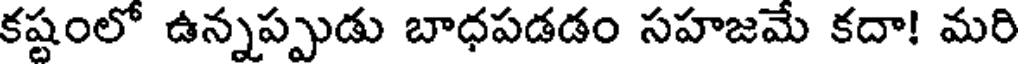
కష్టంలో ఉన్నప్పుడు బాధపడడం సహజమే కదా! మరి